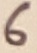
Text: 6